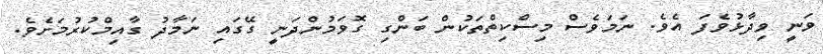
ވަނީ ވިދާޅުވެފަ އެވެ. ނަމަވެސް މިސްކިތްތަކުން ބަންގި ގޮވަމުންދަނީ ގޭގައި ނަމާދު ގާއިމްކުރުމަށެވެ.